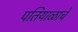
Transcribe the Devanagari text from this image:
पतियाळाचे